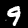
Label: 9